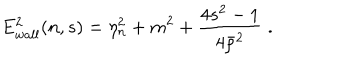
LaTeX: E _ { w a l l } ^ { 2 } ( n , s ) = \eta _ { n } ^ { 2 } + m ^ { 2 } + \frac { 4 s ^ { 2 } - 1 } { 4 \bar { \rho } ^ { 2 } } \; .